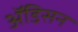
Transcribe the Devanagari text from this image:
ॲडिसन